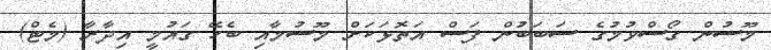
މޫސުން ގޯސްވުމުގެ ސަބަބުން ފަސް އަތޮޅަކަށް މޫސުމާއި ބެހޭ ގައުމީ އިދާރާ (މެޓް)